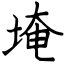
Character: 埯